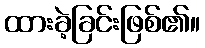
ထားခဲ့ခြင်းဖြစ်၏။